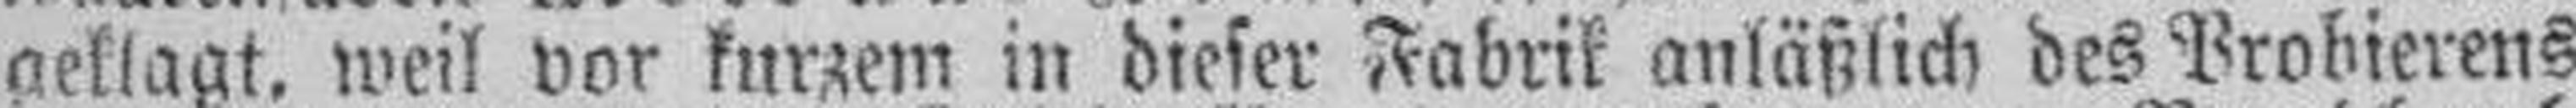
geklagt, weil vor kurzem in dieser Fabrik anläßlich des Probierens